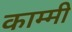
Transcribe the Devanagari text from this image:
काम्मी